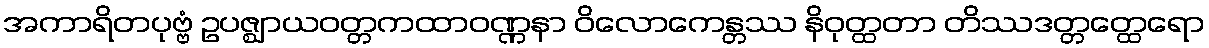
အကာရိတပုဗ္ဗံ ဥပဇ္ဈာယဝတ္တကထာဝဏ္ဏနာ ဝိလောကေန္တဿ နိဝုတ္ထတာ တိဿဒတ္တတ္ထေရော